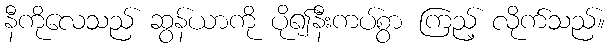
နီကိုလေသည် ဆွန်ယာကို ပို၍နီးကပ်စွာ ကြည့် လိုက်သည်။